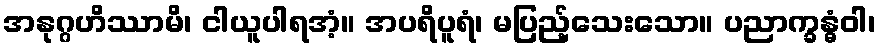
အနုဂ္ဂဟိဿာမိ၊ ငါယူပါရအံ့။ အပရိပူရံ၊ မပြည့်သေးသော။ ပညာက္ခန္ဓံဝါ၊